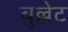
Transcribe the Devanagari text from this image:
बुल्लेट